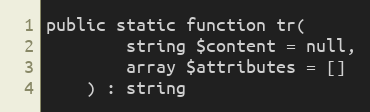
Language: PHP
public static function tr(
        string $content = null,
        array $attributes = []
    ) : string